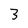
Character: 3